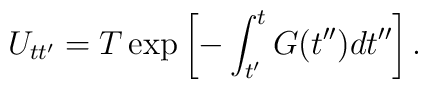
U_{tt'} = T \exp \left[ -\int^{t}_{t'} G(t'')dt''\right].